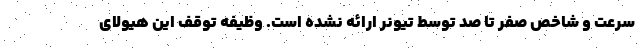
سرعت و شاخص صفر تا صد توسط تیونر ارائه نشده است. وظیفه توقف این هیولای